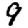
Digit: 9